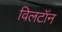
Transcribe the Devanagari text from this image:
विलटॉन